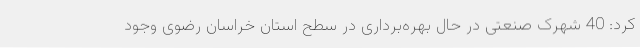
کرد: 40 شهرک صنعتی در حال بهره‌برداری در سطح استان خراسان رضوی وجود